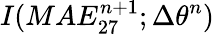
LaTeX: I(MAE_{27}^{n+1};\Delta\theta^{n})